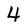
Character: 4